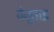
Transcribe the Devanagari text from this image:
वेनूताइ